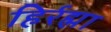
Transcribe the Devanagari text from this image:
हिर्रह्मा